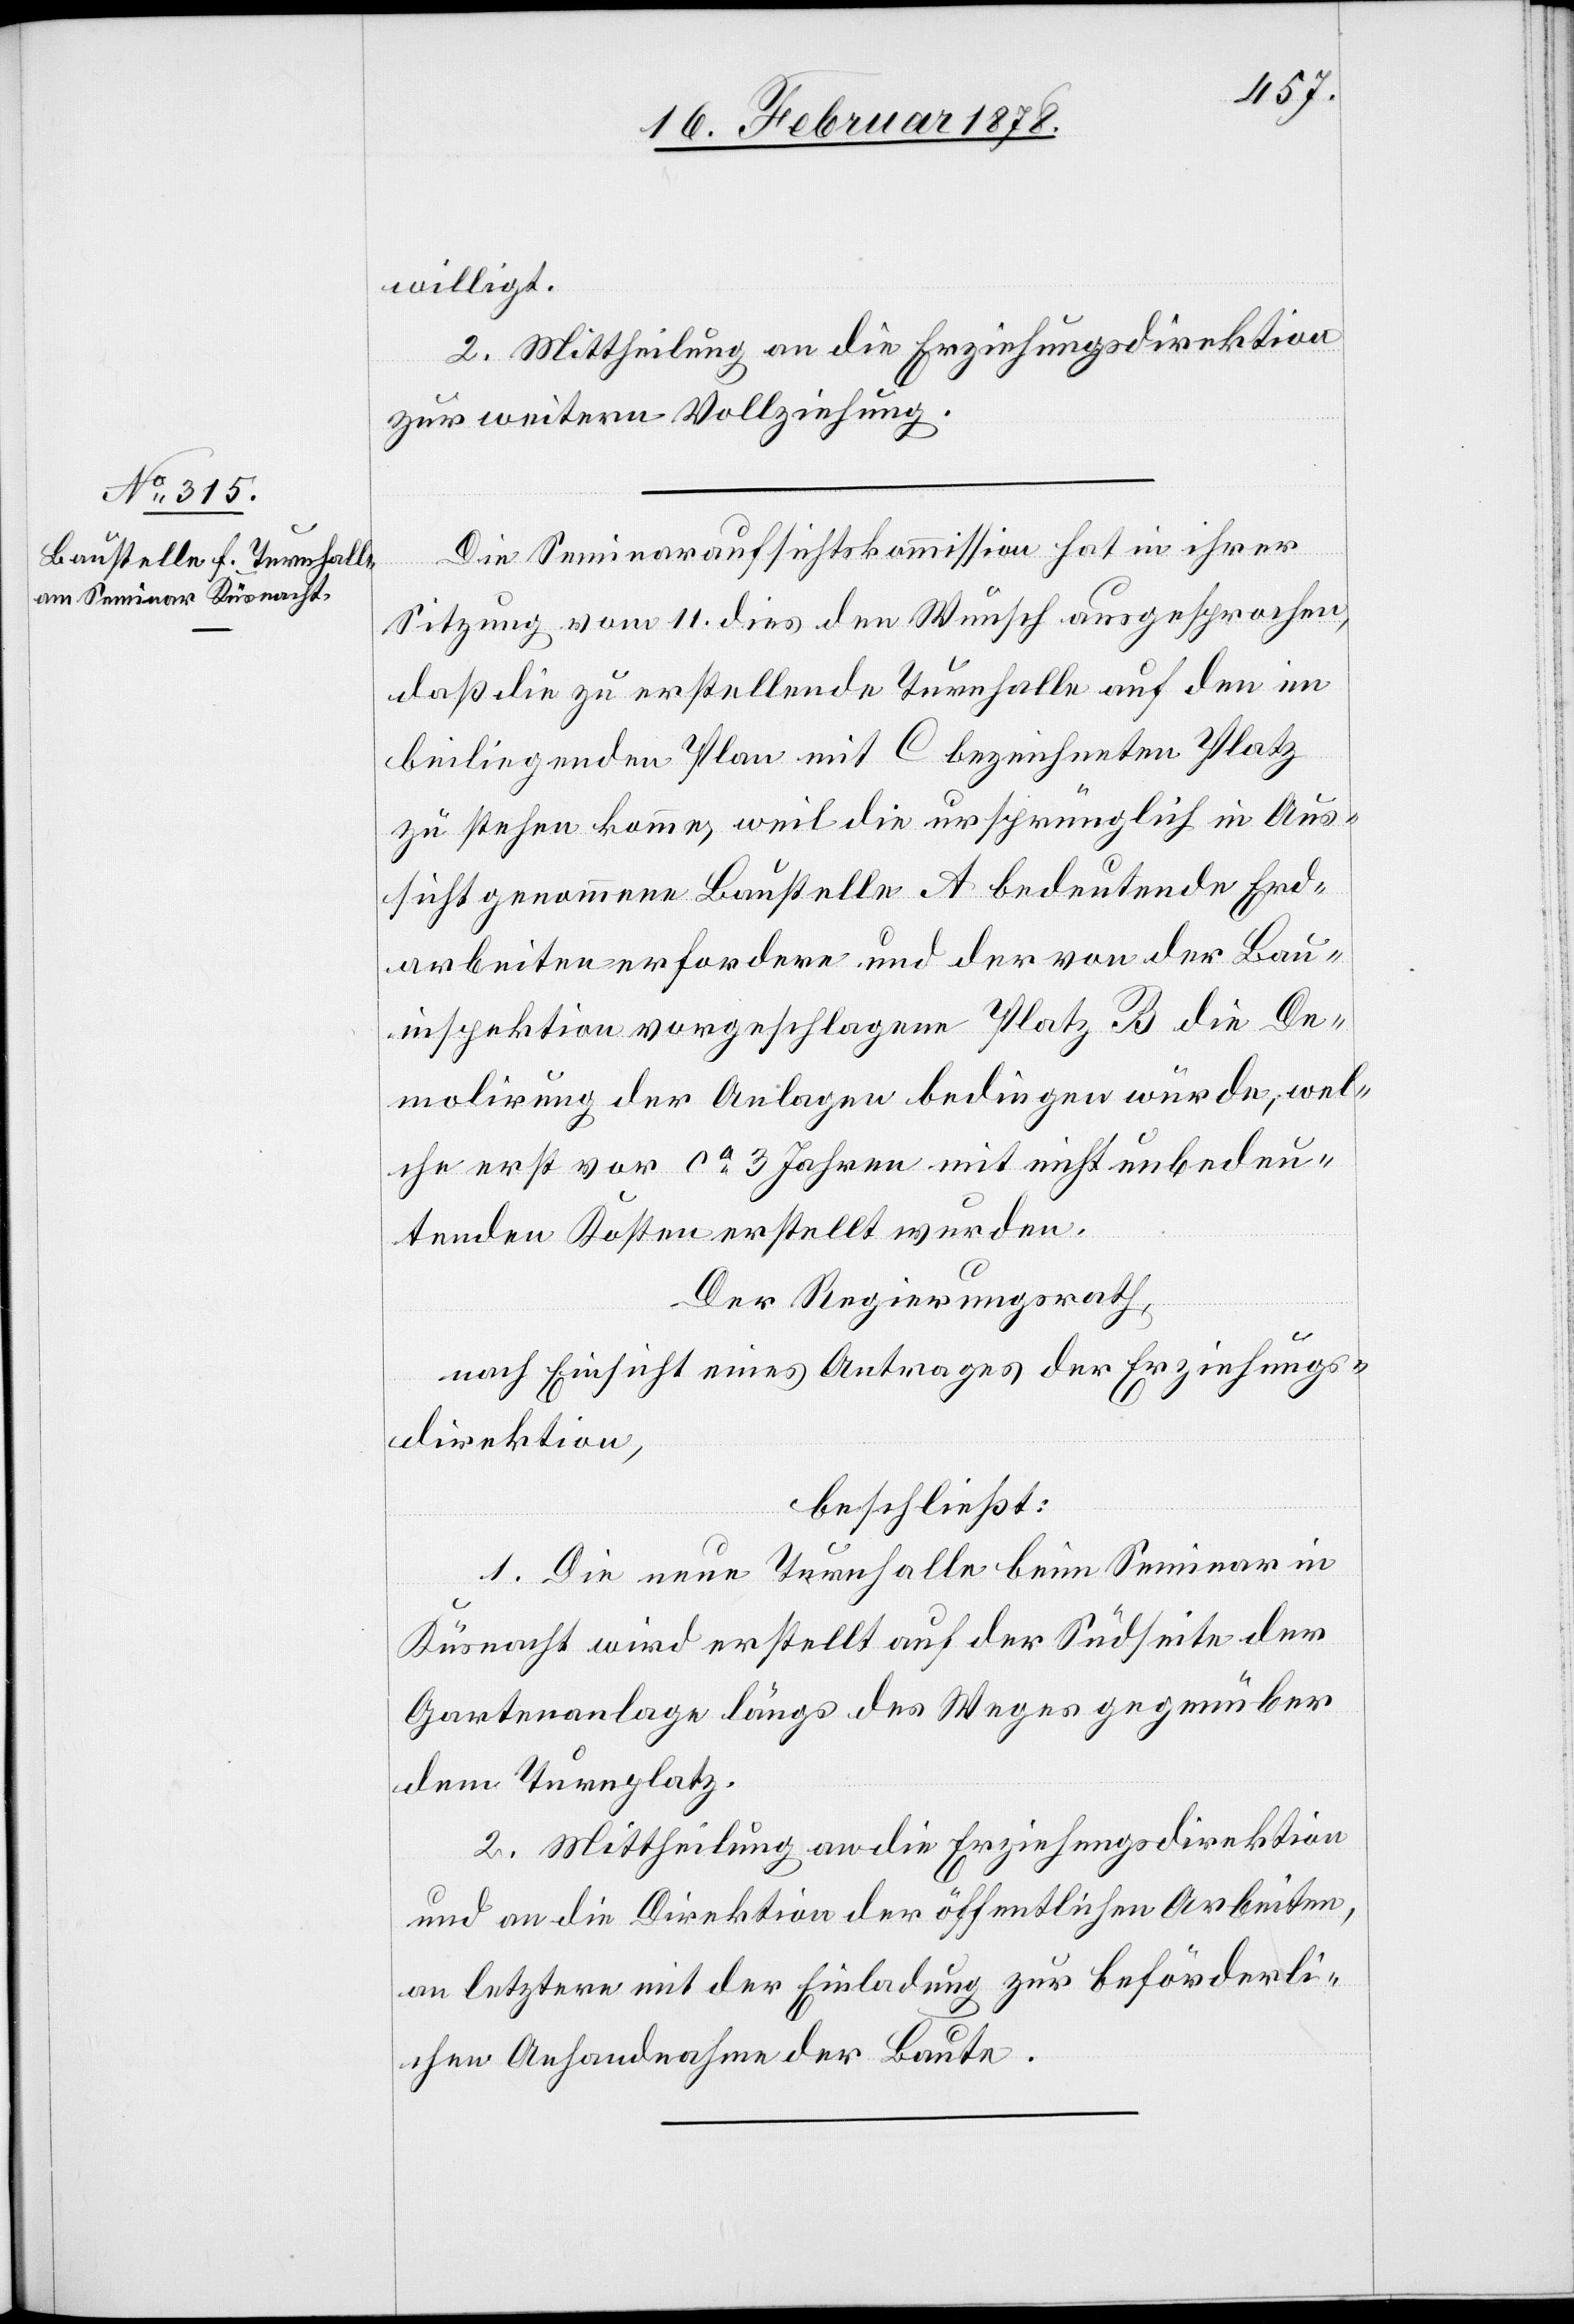
willigt.
2. Mittheilung an die Erziehungsdirektion
zur weitern Vollziehung.
Die Seminaraufsichtskommission hat in ihrer
Sitzung vom 11. dies den Wunsch ausgesprochen,
daß die zu erstellende Turnhalle auf den im
beiliegenden Plan mit C bezeichneten Platz
zu stehen komme, weil die ursprünglich in Aus¬
sicht genommene Baustelle A bedeutende Erd¬
arbeiten erfordere und der von der Bau¬
inspektion vorgeschlagene Platz B die De¬
molirung der Anlagen bedingen würde, wel¬
che erst vor ca 3 Jahren mit nicht unbedeu¬
tenden Kosten erstellt wurden.
Der Regierungsrath,
nach Einsicht eines Antrages der Erziehungs¬
direktion,
beschließt:
1. Die neue Turnhalle beim Seminar in
Küsnacht wird erstellt auf der Südseite der
Gartenanlage längs des Weges gegenüber
dem Turnplatz.
2. Mittheilung an die Erziehungsdirektion
und an die Direktion der öffentlichen Arbeiten,
an letztere mit der Einladung zur beförderli¬
chen Anhandnahme der Baute.